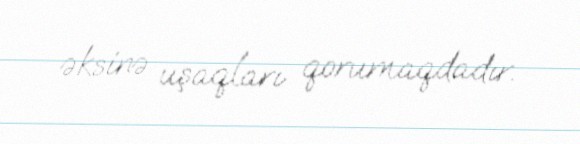
əksinə uşaqları qorumaqdadır.